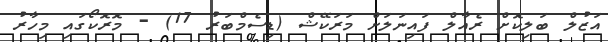
އަޒުލް ބަލިކޮށް ރެއާލް ފައިނަލަށް މަރަކޭޝް (ޑިސެމްބަރު 17) - މޮރޮކޯގައި މިހާރު